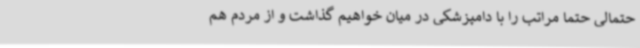
حتمالی حتما مراتب را با دامپزشکی در میان خواهیم گذاشت و از مردم هم